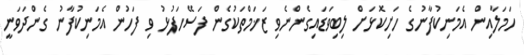
ހަމަލާއިން އެމަނިކުފާނުގެ ހަށިކޮޅަށް ލިބިވަޑައިގެންނެވި ޒަޚަމްތަކުގެން ފަސޭހަފުޅު ވި ފަހުން އެމަނިކުފާނު ގެންދަވަނީ